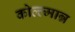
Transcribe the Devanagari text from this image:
कोल्ल्मान्न